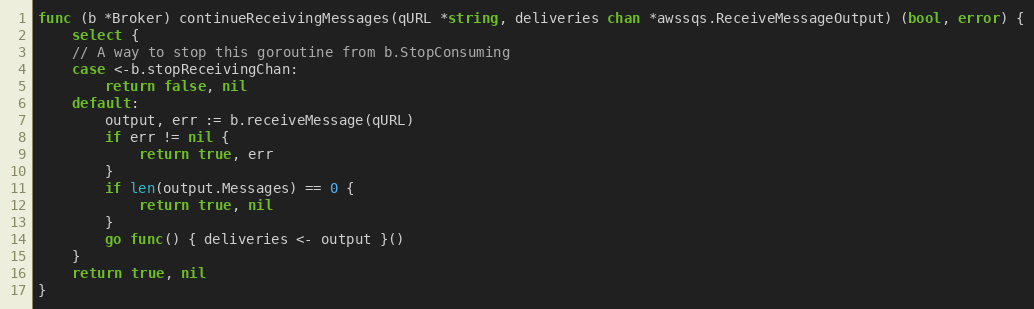
Language: Go
func (b *Broker) continueReceivingMessages(qURL *string, deliveries chan *awssqs.ReceiveMessageOutput) (bool, error) {
	select {
	// A way to stop this goroutine from b.StopConsuming
	case <-b.stopReceivingChan:
		return false, nil
	default:
		output, err := b.receiveMessage(qURL)
		if err != nil {
			return true, err
		}
		if len(output.Messages) == 0 {
			return true, nil
		}
		go func() { deliveries <- output }()
	}
	return true, nil
}